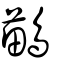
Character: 鶓